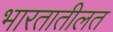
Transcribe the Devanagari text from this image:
भारतातीलत